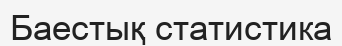
Баестық статистика